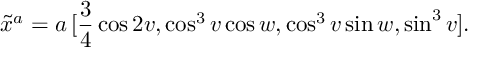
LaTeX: \tilde { x } ^ { a } = a \, [ \frac { 3 } { 4 } \cos 2 v , \cos ^ { 3 } v \cos w , \cos ^ { 3 } v \sin w , \sin ^ { 3 } v ] .